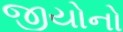
જીયોનો